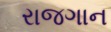
રાજગાન